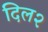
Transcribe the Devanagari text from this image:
दिल२